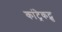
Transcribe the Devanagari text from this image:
कांट्रेकट्स